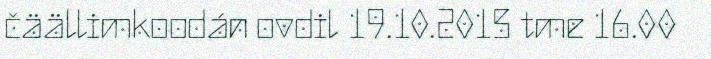
čäällimkoodán ovdil 19.10.2015 tme 16.00